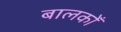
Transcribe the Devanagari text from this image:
बालकोँ